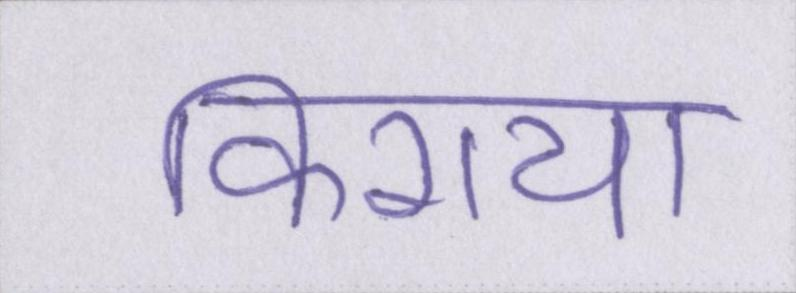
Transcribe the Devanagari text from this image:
किराया